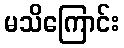
မသိကြောင်း